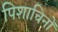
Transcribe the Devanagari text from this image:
पिशाचिनों